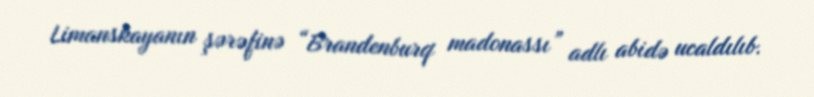
Limanskayanın şərəfinə “Brandenburq madonassı” adlı abidə ucaldılıb.